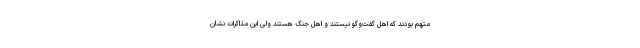
متهم بودند که اهل گفت‌وگو نیستند و اهل جنگ هستند ولی این مذاکرات نشان